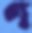
গ